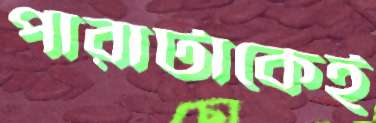
পারাটাকেই